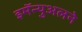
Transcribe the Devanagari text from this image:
इमॅन्युअलने